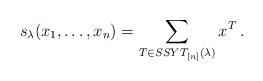
LaTeX: \begin{align*}s_\lambda(x_1,\ldots, x_n)=\sum_{T\in SSYT_{[n]}(\lambda)} x^T\,.\end{align*}